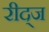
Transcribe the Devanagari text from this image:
रीद्ज